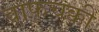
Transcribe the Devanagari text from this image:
वाफचक्की